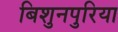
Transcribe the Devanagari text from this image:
बिशुनपुरिया